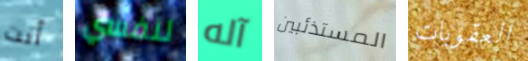
أنت لنفسي آله المستذئبين العقوبات